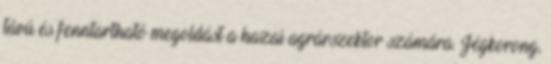
távú és fenntartható megoldást a hazai agrárszektor számára. Jégkorong,